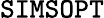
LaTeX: \texttt{SIMSOPT}